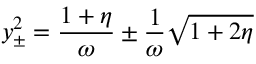
y _ { \pm } ^ { 2 } = { \frac { 1 + \eta } { \omega } } \pm { \frac { 1 } { \omega } } \sqrt { 1 + 2 \eta }